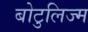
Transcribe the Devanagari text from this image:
बोटुलिज्म